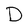
Character: D